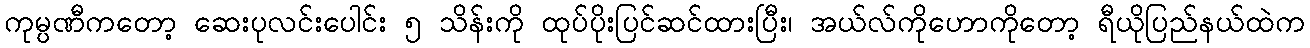
ကုမ္ပဏီကတော့ ဆေးပုလင်းပေါင်း ၅ သိန်းကို ထုပ်ပိုးပြင်ဆင်ထားပြီး၊ အယ်လ်ကိုဟောကိုတော့ ရီယိုပြည်နယ်ထဲက